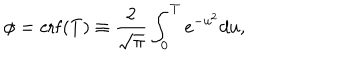
LaTeX: \phi = \mathrm { e r f } ( T ) \equiv \frac { 2 } { \sqrt { \pi } } \int _ { 0 } ^ { T } e ^ { - u ^ { 2 } } d u ,